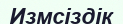
Измсіздік